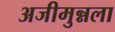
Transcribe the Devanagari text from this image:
अजीमुन्नला